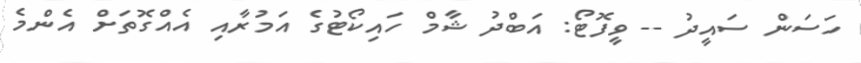
ހަސަން ސައީދު -- ވީފޮޓޯ: އަބްދު ޝާމް ހައިކޯޓުގެ އަމުރާއި އެއްގޮތަށް އެންމެ